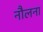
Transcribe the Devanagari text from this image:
नौलना